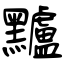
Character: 黸